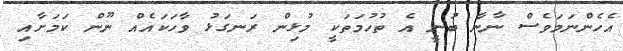
އެހެންނަމަވެސް ނާނާ ބުނީ އެ ތުހުމަތަކީ މުޅިން ރަނގަޅު ވާހަކައެއް ނޫން ކަމަށާއި